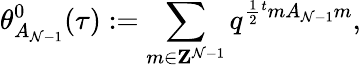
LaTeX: \theta_{A_{\mathcal{N}-1}}^{0}(\tau):=\sum_{m\in{\mathbf{Z}}^{\mathcal{N}-1}}q^{\frac{{1}}{{2}}{}^{t}mA_{\mathcal{N}-1}m},